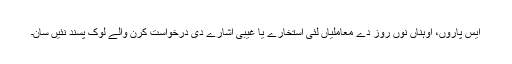
ایس پاروں، اوہناں نوں روز دے معاملیاں لئی استخارے یا غیبی اشارے دی درخواست کرن والے لوک پسند نئیں سان۔